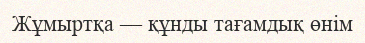
Жұмыртқа — құнды тағамдық өнім